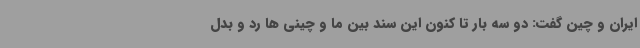
ایران و چین گفت: دو سه بار تا کنون این سند بین ما و چینی ها رد و بدل